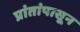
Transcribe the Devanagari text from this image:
प्रांतांपासून